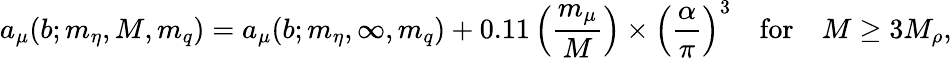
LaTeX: a_{\mu}(b;m_{\eta},M,m_{q})=a_{\mu}(b;m_{\eta},\infty,m_{q})+0.11\left(\frac{m_{\mu}}{M}\right)\times\left(\frac{\alpha}{\pi}\right)^{3}\ \ \ \ \mathrm{for}\ \ \ \ M\ge 3M_{\rho},